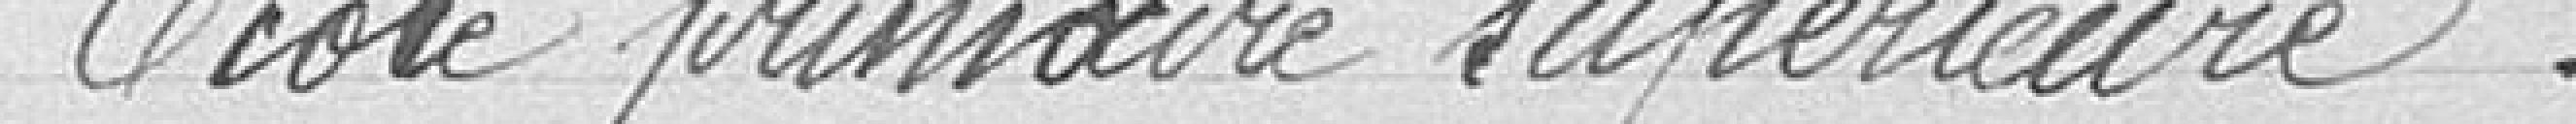
Ecole primaire supérieure :